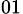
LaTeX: _{01}